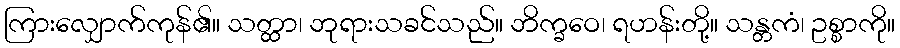
ကြားလျှောက်ကုန်၏။ သတ္ထာ၊ ဘုရားသခင်သည်။ ဘိက္ခဝေ၊ ရဟန်းတို့။ သန္တကံ၊ ဥစ္စာကို။